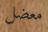
معضل